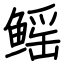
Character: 鳐